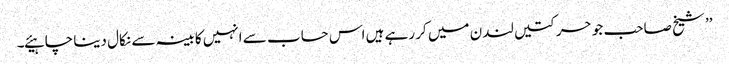
’’ شیخ صاحب جو حرکتیں لندن میں کر رہے ہیں اس حساب سے انہیں کابینہ سے نکال دینا چاہیئے۔